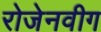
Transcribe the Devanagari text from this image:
रोजेनवीग